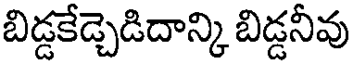
బిడ్డకేడ్చెడిదాన్కి బిడ్డనీవు